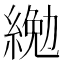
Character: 𦂔